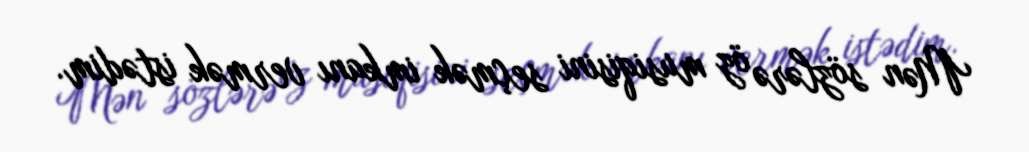
Mən sözlərə öz musiqisini seçmək imkanı vermək istədim.